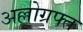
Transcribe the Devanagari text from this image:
अल्लोग्रफ्त